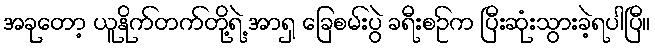
အခုတော့ ယူနိုက်တက်တို့ရဲ့ အာရှ ခြေစမ်းပွဲ ခရီးစဥ်က ပြီးဆုံးသွားခဲ့ရပါပြီ။